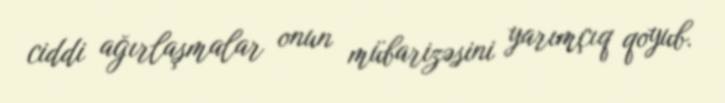
ciddi ağırlaşmalar onun mübarizəsini yarımçıq qoyub.